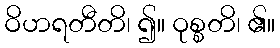
ဝိဟရတီတိ၊ ၍။ ဝုစ္စတိ၊ ၏။